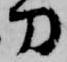
刀